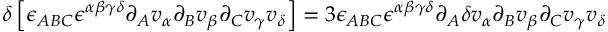
\delta \left[ \epsilon _ { A B C } \epsilon ^ { \alpha \beta \gamma \delta } \partial _ { A } v _ { \alpha } \partial _ { B } v _ { \beta } \partial _ { C } v _ { \gamma } v _ { \delta } \right] = 3 \epsilon _ { A B C } \epsilon ^ { \alpha \beta \gamma \delta } \partial _ { A } \delta v _ { \alpha } \partial _ { B } v _ { \beta } \partial _ { C } v _ { \gamma } v _ { \delta }